Report on the lunatic asylums in Bengal - 1862-
Year: 1862
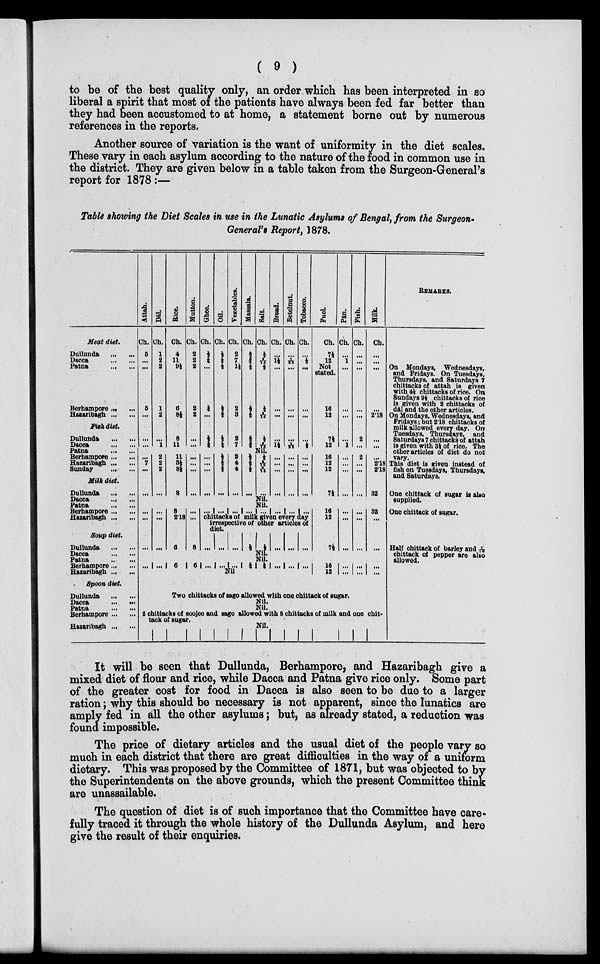
( 9 )
to be of the best quality only, an order which has been interpreted in so
liberal a spirit that most of the patients have always been fed far better than
they had been accustomed to at home, a statement borne out by numerous
references in the reports.
Another source of variation is the want of uniformity in the diet scales.
These vary in each asylum according to the nature of the food in common use in
the district. They are given below in a table taken from the Surgeon-General's
report for 1878 :—
Table showing the Diet Scales in use in the Lunatic Asylums of Bengal, from the Surgeon-
General's Report, 1878.
Meat diet.
Dullunda
...
...
Dacca
...
...
Patna
...
...
Berhampore ... ...
Haiaribagh ... ...
Fish dist.
Dullunda
...
...
Dacca
...
...
Patna
...
...
Berhampore ... ...
Hazaribagh ... ...
Sunday
...
...
Milk diet.
Dullunda
...
...
Dacca ... ...
Patna
...
...
Berhampore ... ...
Haiaribagh ... ...
Soup diet.
Dullunda
...
...
Dacca
...
...
Patna
...
...
Berhampore ... ...
Hazaribagh ... ...
Spoon diet.
Dullunda
... ...
Dacca
...
...
Patna
...
...
Berhampore ... ...
Hazaribagh ... ...
Attah.
Ch.
5
...
...
5
...
...
...
Dâl.
Ch.
1
2
2
1
2
...
1
Rice.
Ch.
4
11
9½
6
8½
8
11
Mutton.
Ch.
2
2
2
2
2
...
...
Ghee.
Ch.
½
½
...
½
...
½
¼
Oil.
Ch.
½
½
...
½
½
½ ¼
Vegetables.
Ch.
2
7
1½
2
3
2
7
Massala.
Ch.
½
½
½
½
½
½
¼
Salt.
Ch.
½
2/16 ½
¼
2/16
½
2/16
Bread.
Ch.
...
1½
...
...
...
...
1½
Betelnut.
Ch.
...
1/22
...
...
...
...
1/22
Tobacco.
Ch.
...
½ ...
...
...
...
½
Fuel.
Ch.
7½
12
Not
stated.
16
12
7½
12
Pân.
Ch.
...
1
...
...
...
...
1
Fish.
Ch.
...
...
...
...
...
2
...
Milk.
Ch.
...
...
...
...
2.18
...
...
Nil.
...
7
...
...
2
2
2
...
11
3½ 8½
8
...
...
...
...
...
...
...
...
½
½
4
...
2
4
4
...
½
½ ½
...
½
2/16
2/16
...
...
...
...
...
...
...
...
...
...
...
...
...
16
12
12
7½
...
...
...
...
2
...
...
...
...
2.18
2.18
32
Nil.
Nil.
...
...
...
...
...
...
8
2.18
6
...
...
8
... ... ...
... ... ... ... ...
chittacks of milk given every day
irrespective of other articles of
diet.
... ... ...
½ ½ ... ... ...
16
12
7½
...
...
...
...
...
...
32
...
...
Nil.
Nil.
... ...
6
6 ... ... ... ½ ½ ... ... ...
Nil.
16
12
...
...
...
...
...
...
Two chittacks of sago allowed with one chittack of sugar.
Nil.
Nil.
2 chittacks of soojee and sago allowed with 8 chittacks of milk and one chit-
tack of sugar.
Nil.
REMARKS.
On Mondays, Wednesdays,
and Fridays. On Tuesdays,
Thursdays, and Saturdays 7
chittacks of attah is given
with 4½ chittacks of rice. On
Sundays 9½ chittacks of rice
is given with 2 chittacks of
dâl and the other articles.
On Mondays. Wednesdays, and
Fridays; but 2.18 chittacks of
milk allowed every day. On
Tuesdays, Thursdays, and
Saturdays 7 chittacks of attah
is given with 3½ of rice. The
other articles of diet do not
vary.
This diet is Riven instead of
fish on Tuesdays, Thursdays,
and Saturdays.
One chittack of sugar is also
supplied.
One chittack of sugar.
Half chittack of barley and
chittack of pepper are also
allowed.
It will be seen that Dullunda, Berhampore, and Hazaribagh give a
mixed diet of flour and rice, while Dacca and Patna give rice only. Some part
of the greater cost for food in Dacca is also seen to be due to a larger
ration; why this should be necessary is not apparent, since the lunatics are
amply fed in all the other asylums; but, as already stated, a reduction was
found impossible.
The price of dietary articles and the usual diet of the people vary so
much in each district that there are great difficulties in the way of a uniform
dietary. This was proposed by the Committee of 1871, but was objected to by
the Superintendents on the above grounds, which the present Committee think
are unassailable.
The question of diet is of such importance that the Committee have care-
fully traced it through the whole history of the Dullunda Asylum, and here
give the result of their enquiries.